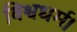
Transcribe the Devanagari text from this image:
विश्वधर्म।